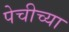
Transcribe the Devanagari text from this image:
पेचीच्या